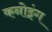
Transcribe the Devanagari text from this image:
कनोइंग